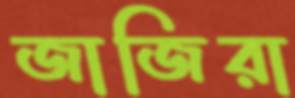
জাজিরা